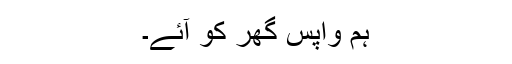
ہم واپس گھر کو آئے۔